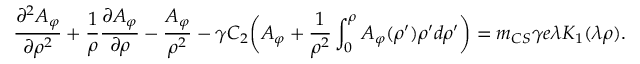
\frac { \partial ^ { 2 } A _ { \varphi } } { \partial \rho ^ { 2 } } + \frac { 1 } { \rho } \frac { \partial A _ { \varphi } } { \partial \rho } - \frac { A _ { \varphi } } { \rho ^ { 2 } } - \gamma C _ { 2 } \bigg ( A _ { \varphi } + \frac { 1 } { \rho ^ { 2 } } \int _ { 0 } ^ { \rho } A _ { \varphi } ( \rho ^ { \prime } ) \rho ^ { \prime } d \rho ^ { \prime } \bigg ) = m _ { C S } \gamma e \lambda K _ { 1 } ( \lambda \rho ) .